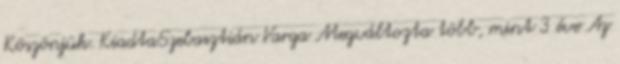
Köszönjük. KiadtaSzebasztián Varga Megváltozta több, mint 3 éve Az